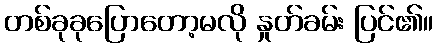
တစ်ခုခုပြောတော့မလို နှုတ်ခမ်း ပြင်၏။